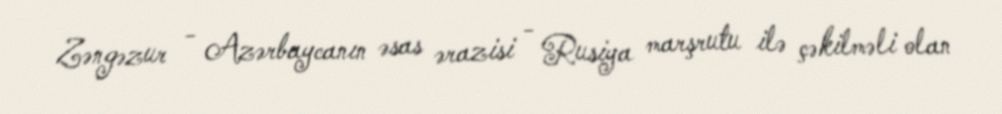
Zəngəzur - Azərbaycanın əsas ərazisi - Rusiya marşrutu ilə çəkilməli olan